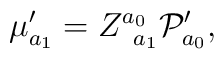
\mu _{a_{1}}^{\prime }=Z_{\;\;a_{1}}^{a_{0}}{\cal P}_{a_{0}}^{\prime },